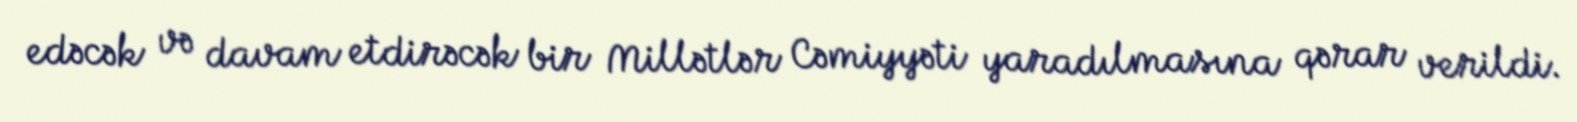
edəcək və davam etdirəcək bir Millətlər Cəmiyyəti yaradılmasına qərar verildi.